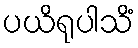
ပယိရုပါသိံ